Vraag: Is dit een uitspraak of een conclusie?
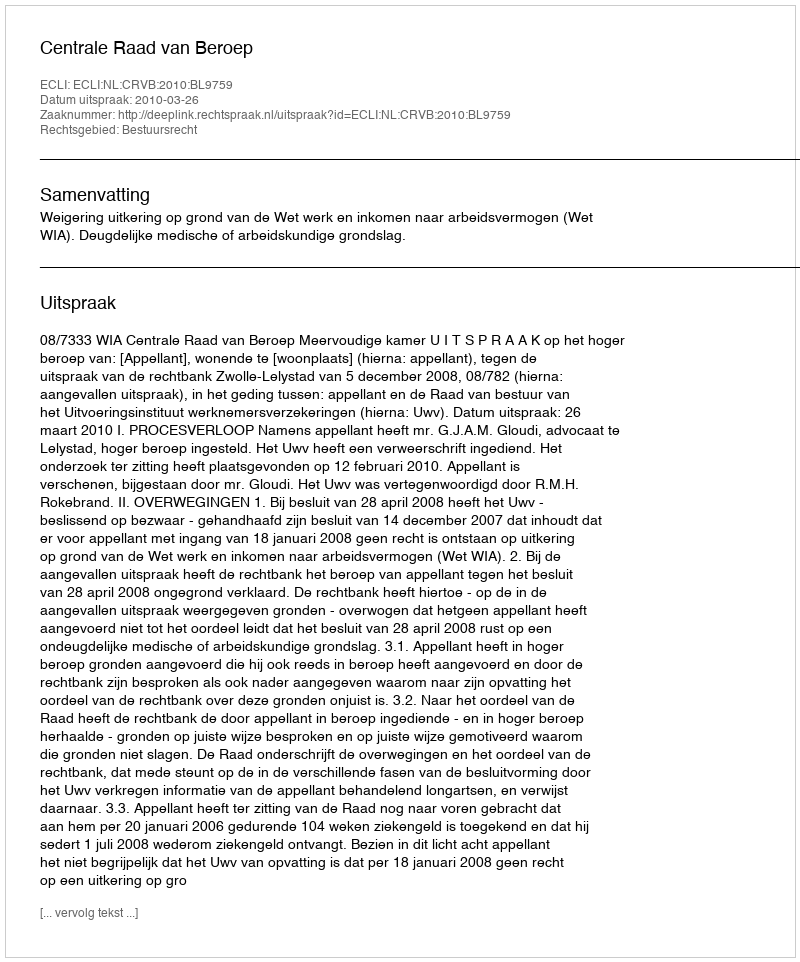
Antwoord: Uitspraak